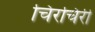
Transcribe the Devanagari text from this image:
चिरचिरी